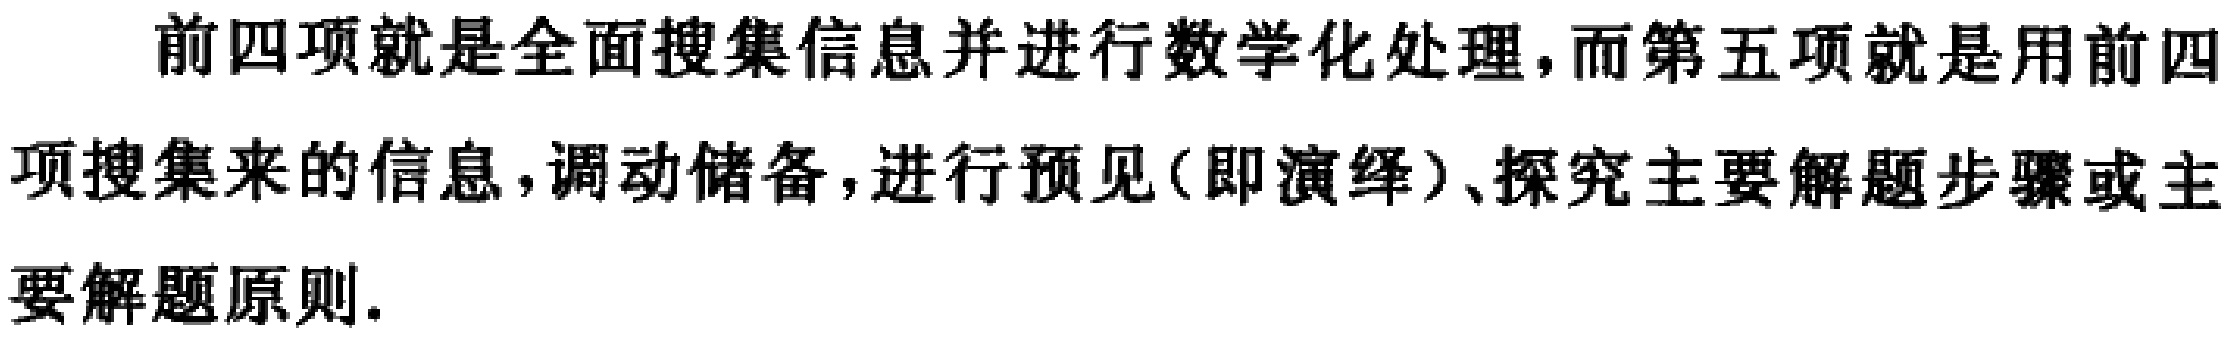
前四项就是全面搜集信息并进行数学化处理，而第五项就是用前四项搜集来的信息，调动储备，进行预见(即演绎)、探究主要解题步骤或主要解题原则.